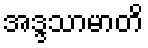
အဒ္ဒသာမာတိ